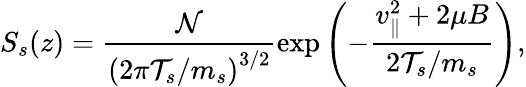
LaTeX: S_{s}(z)=\frac{\mathcal{N}}{\left(2\pi\mathcal{T}_{s}/m_{s}\right)^{3/2}}\exp\left(-\frac{v_{\parallel}^{2}+2\mu B}{2\mathcal{T}_{s}/m_{s}}\right),